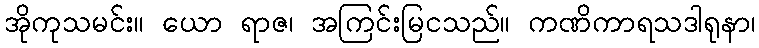
အိုကုသမင်း။ ယော ရာဇ၊ အကြင်းမြငသည်။ ကဏိကာရသဒါရုနာ၊